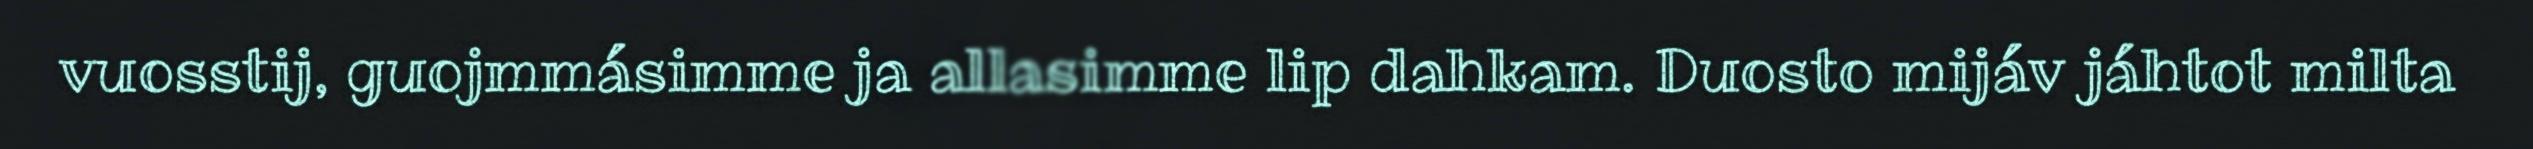
vuosstij, guojmmásimme ja allasimme lip dahkam. Duosto mijáv jáhtot milta